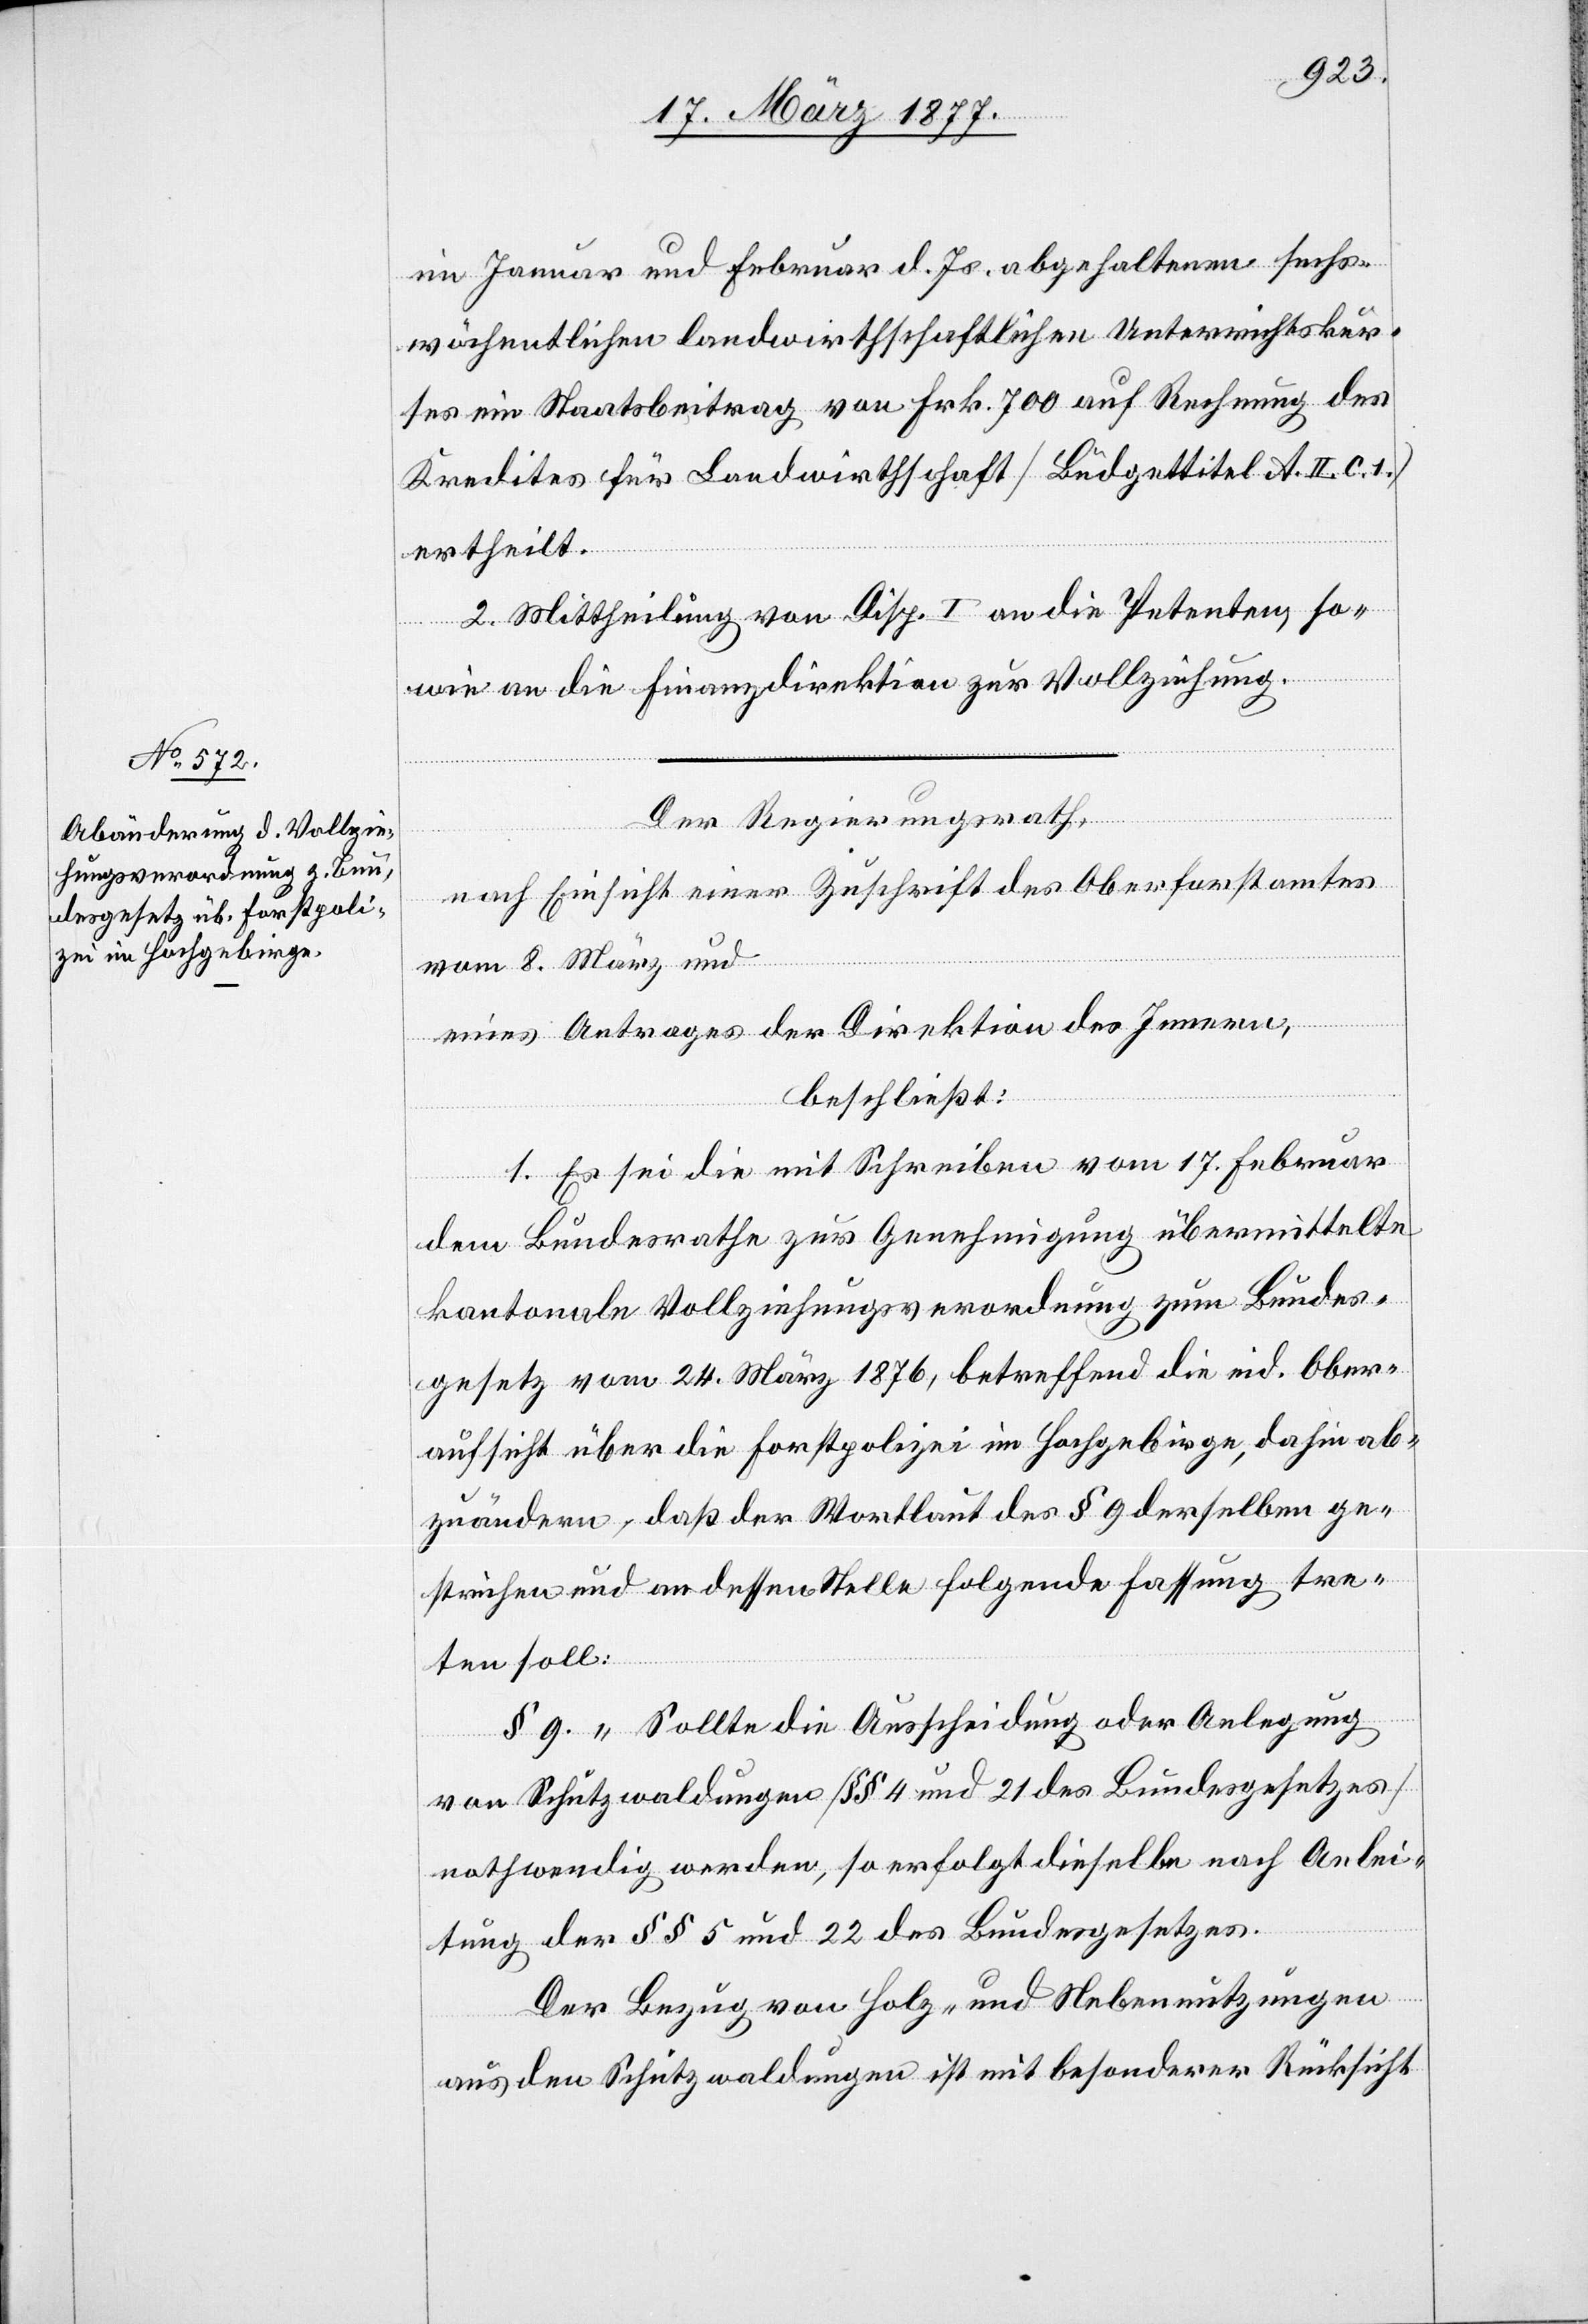
im Januar und Februar d. Js. abgehaltenen sechs¬
wöchentlichen landwirthschaftlichen Unterrichtskur¬
ses ein Staatsbeitrag von Frk. 700 auf Rechnung des
Kredites für Landwirthschaft [Büdgettitel A. II. c. 1.]
ertheilt.
2. Mittheilung von Disp. I an die Petenten, so¬
wie an die Finanzdirektion zur Vollziehung.
Der Regierungsrath,
nach Einsicht einer Zuschrift des Oberforstamtes
vom 8. März und
eines Antrages der Direktion des Innern,
beschließt:
1. Es sei die mit Schreiben vom 17. Februar
dem Bundesrathe zur Genehmigung übermittelte
kantonale Vollziehungsverordnung zum Bundes¬
gesetz vom 24. März 1876, betreffend die eid. Ober¬
aufsicht über die Forstpolizei im Hochgebirge, dahin ab¬
zuändern, daß der Wortlaut des § 9 derselben ge¬
strichen und an dessen Stelle folgende Fassung tre¬
ten soll:
§ 9. „Sollte die Ausscheidung oder Anlegung
von Schutzwaldungen [§§ 4 und 21 des Bundesgesetzes]
nothwendig werden, so erfolgt dieselbe nach Anlei¬
tung der §§ 5 und 22 des Bundesgesetzes.
Der Bezug von Holz- und Nebennutzungen
aus den Schutzwaldungen ist mit besonderer Rücksicht